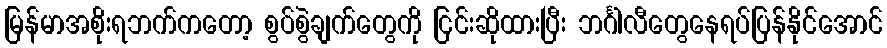
မြန်မာအစိုးရဘက်ကတော့ စွပ်စွဲချက်တွေကို ငြင်းဆိုထားပြီး ဘင်္ဂါလီတွေနေရပ်ပြန်နိုင်အောင်